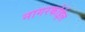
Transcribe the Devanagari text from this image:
नागरकोईल